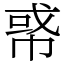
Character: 𢃤